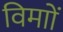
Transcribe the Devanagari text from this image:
विमाों